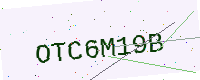
Text: OTC6M19B